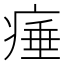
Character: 𤷣